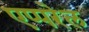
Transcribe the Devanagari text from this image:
एप्परेल